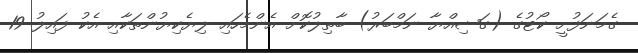
ގެމަނަފުށީ ކޯޓުގެ (ގަޟިއްޔާ ނަމްބަރު) ބާތިލުކޮށް އެންމެހައި ލިޔެކިޔުންތަކާއި އެކު ފައިލު 19